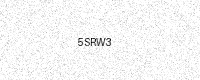
Text: 5SRW3